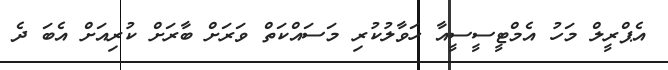
އެޕްރީލް މަހު އެމްޓީސީސީއާ ހަވާލުކުރި މަސައްކަތް ވަރަށް ބާރަށް ކުރިއަށް އެބަ ދެ